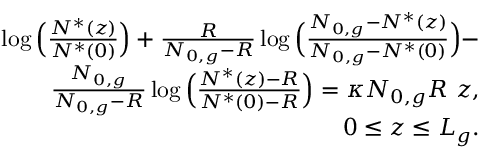
\begin{array} { r l r } & { } & { \log \Big ( \frac { N ^ { * } ( z ) } { N ^ { * } ( 0 ) } \Big ) + \frac { R } { N _ { 0 , g } - R } \log \Big ( \frac { N _ { 0 , g } - N ^ { * } ( z ) } { N _ { 0 , g } - N ^ { * } ( 0 ) } \Big ) - } \\ & { } & { \frac { N _ { 0 , g } } { N _ { 0 , g } - R } \log \Big ( \frac { N ^ { * } ( z ) - R } { N ^ { * } ( 0 ) - R } \Big ) = \kappa N _ { 0 , g } R \ z , } \\ & { } & { 0 \le z \le L _ { g } . } \end{array}